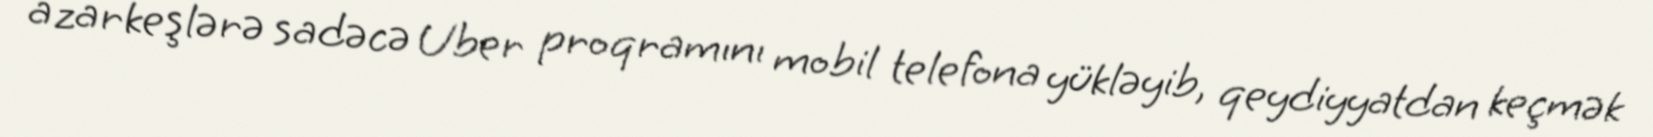
azarkeşlərə sadəcə Uber proqramını mobil telefona yükləyib, qeydiyyatdan keçmək